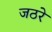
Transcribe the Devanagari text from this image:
जठरे